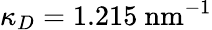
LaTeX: \kappa_{D}=1.215~{\textrm{nm}}^{-1}